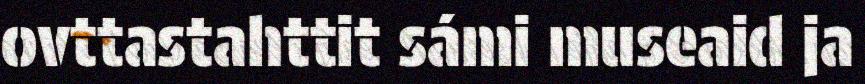
ovttastahttit sámi museaid ja